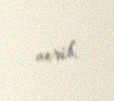
verib.